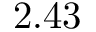
2 . 4 3